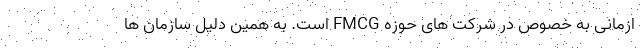
ازمانی به خصوص در شرکت ­های حوزه FMCG است. به همین دلیل سازمان­ ها